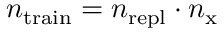
n _ { \mathrm { t r a i n } } = n _ { \mathrm { r e p l } } \cdot n _ { \mathrm { x } }